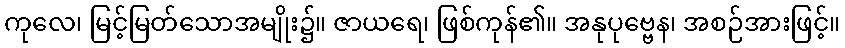
ကုလေ၊ မြင့်မြတ်သောအမျိုး၌။ ဇာယရေ၊ ဖြစ်ကုန်၏။ အနုပုဗ္ဗေန၊ အစဉ်အားဖြင့်။